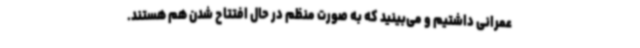
عمرانی داشتیم و می‌بینید که به صورت منظم در حال افتتاح شدن هم هستند.